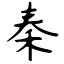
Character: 秦